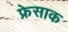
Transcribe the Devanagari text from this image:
फ्रेसाक